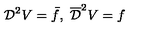
{ \cal D } ^ { 2 } V = \bar { f } , \ \overline { { \cal D } } ^ { 2 } V = f